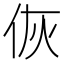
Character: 𬽻